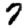
Digit: 7